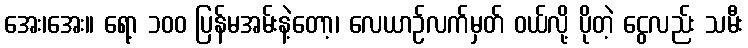
အေး၊အေး။ ရော့ ၁၀၀ ပြန်မအမ်းနဲ့တော့၊ လေယာဉ်လက်မှတ် ဝယ်လို့ ပိုတဲ့ ငွေလည်း သမီး